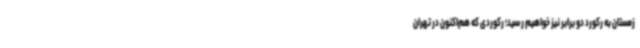
زمستان به رکورد دو برابر نیز خواهیم رسید؛ رکوردی که هم‌اکنون در تهران